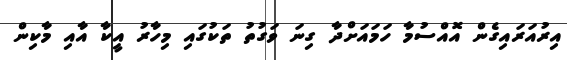
އިރުއަރައިގެން އޮއްސުމާ ހަމައަށްދާ ގިނަ ވަގުތު ތަކުގައި މިހާރު އީކާ އާއި މާކިން